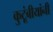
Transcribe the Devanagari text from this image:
कुटूंबीयांनी